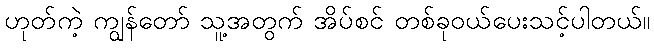
ဟုတ်ကဲ့ ကျွန်တော် သူ့အတွက် အိပ်စင် တစ်ခုဝယ်ပေးသင့်ပါတယ်။